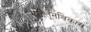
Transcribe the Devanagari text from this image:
सृष्टीतूनविकास